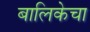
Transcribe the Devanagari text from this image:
बालिकेचा